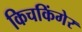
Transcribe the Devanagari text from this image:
किचकिंगेर